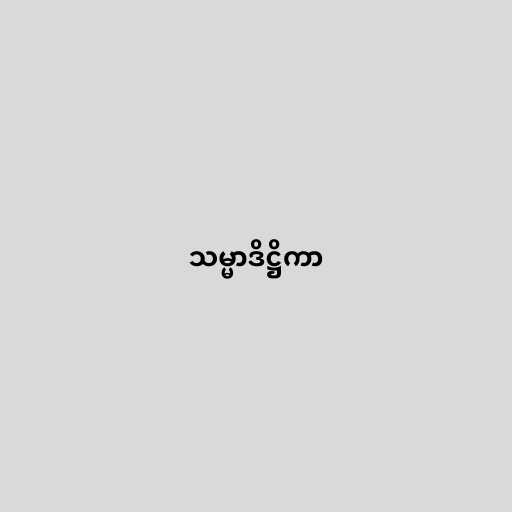
သမ္မာဒိဋ္ဌိကာ